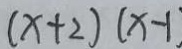
( x + 2 ) ( x - 1